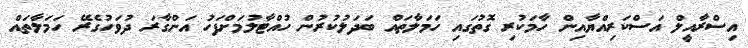
އިސްރާއީލް އަސްކަރިއްޔާއިން ހާމަކުރި ގޮތުގައި ހަމަލާތައް ބަދަލުކުރުން ހުއްޓާލުމަށްފަހު އަންގާރަ ދުވަހުގެރޭ ހަމަލާތައް